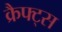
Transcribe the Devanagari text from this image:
क्रैफ्ट्स